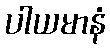
ပါယမာနံ